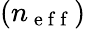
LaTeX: \left(n_{\mathrm{~e~f~f~}}\right)